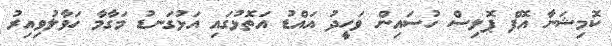
ކޮމިޝަނާ އޮފް ޕޮލިސް ހުސައިން ވަހީދު އައްޑު އަތޮޅުގައި އަޅުގަނޑު މަގާމާ ހަވާލުވިއިރު